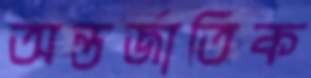
অন্তর্জাতিক